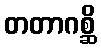
တတာဂစ္ဆိ